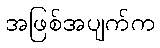
အဖြစ်အပျက်က